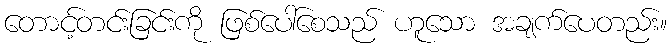
တောင့်တင်းခြင်းကို ဖြစ်ပေါ်စေသည် ဟူသော အချက်ပေတည်း။